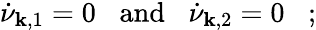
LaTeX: \dot{\nu}_{{\mathbf k},1}=0\; \; \; \mathrm{and}\; \; \; \dot{\nu}_{{\mathbf k},2}=0\; \; \; ;